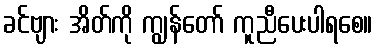
ခင်ဗျား အိတ်ကို ကျွန်တော် ကူညီပေးပါရစေ။